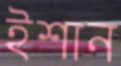
ইশান